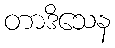
တာဒိသေန